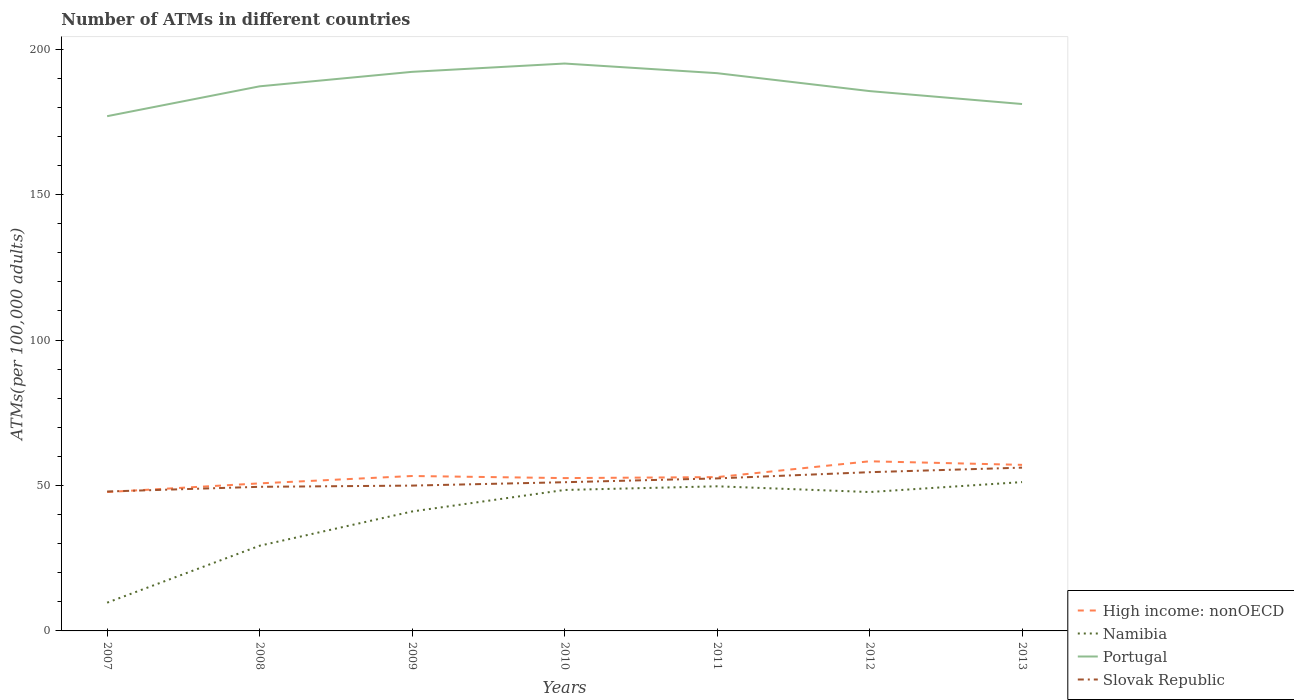
| Years | High income: nonOECD | Namibia | Portugal | Slovak Republic |
 | --- | --- | --- | --- | --- |
 | 2007 | 47.7 | 9.71 | 177 | 47.9 |
 | 2008 | 50.7 | 29.3 | 187 | 49.5 |
 | 2009 | 53.3 | 41.1 | 192 | 50 |
 | 2010 | 52.5 | 48.5 | 195 | 51.1 |
 | 2011 | 52.9 | 49.7 | 192 | 52.4 |
 | 2012 | 58.3 | 47.7 | 186 | 54.6 |
 | 2013 | 57.1 | 51.2 | 181 | 56.1 |